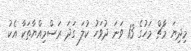
މިދިޔަ މާޗް މަހުގެ 13 ވަނަ ދުވަހު ކުލަ ގަދަ ރަސްމިއްޔާތަކާ އެކު